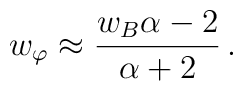
w_{\varphi} \approx \frac{w_{B} \alpha - 2}{\alpha + 2} \,.